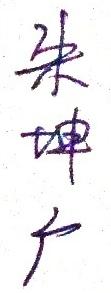
朱坤广